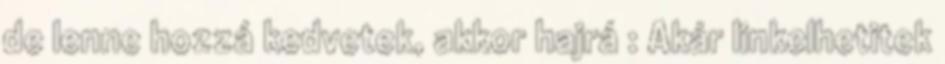
de lenne hozzá kedvetek, akkor hajrá : Akár linkelhetitek